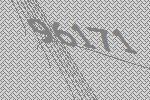
96171